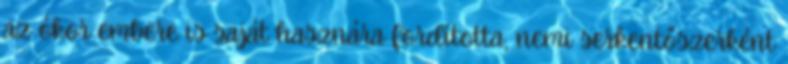
az ókor embere is saját hasznára fordította, nemi serkentőszerként